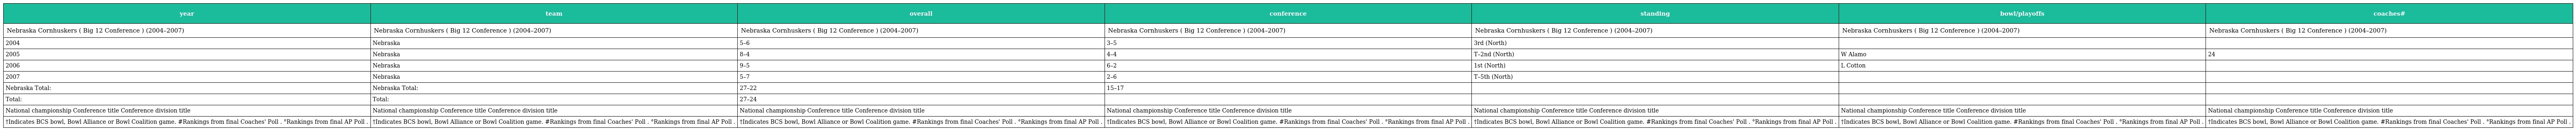
| year | team | overall | conference | standing | bowl/playoffs | coaches# |
 | --- | --- | --- | --- | --- | --- | --- |
 | Nebraska Cornhuskers ( Big 12 Conference ) (2004–2007) | Nebraska Cornhuskers ( Big 12 Conference ) (2004–2007) | Nebraska Cornhuskers ( Big 12 Conference ) (2004–2007) | Nebraska Cornhuskers ( Big 12 Conference ) (2004–2007) | Nebraska Cornhuskers ( Big 12 Conference ) (2004–2007) | Nebraska Cornhuskers ( Big 12 Conference ) (2004–2007) | Nebraska Cornhuskers ( Big 12 Conference ) (2004–2007) |
 | 2004 | Nebraska | 5–6 | 3–5 | 3rd (North) |  |  |
 | 2005 | Nebraska | 8–4 | 4–4 | T–2nd (North) | W Alamo | 24 |
 | 2006 | Nebraska | 9–5 | 6–2 | 1st (North) | L Cotton |  |
 | 2007 | Nebraska | 5–7 | 2–6 | T–5th (North) |  |  |
 | Nebraska Total: | Nebraska Total: | 27–22 | 15–17 |  |  |  |
 | Total: | Total: | 27–24 |  |  |  |  |
 | National championship Conference title Conference division title | National championship Conference title Conference division title | National championship Conference title Conference division title | National championship Conference title Conference division title | National championship Conference title Conference division title | National championship Conference title Conference division title | National championship Conference title Conference division title |
 | †Indicates BCS bowl, Bowl Alliance or Bowl Coalition game. #Rankings from final Coaches' Poll . °Rankings from final AP Poll . | †Indicates BCS bowl, Bowl Alliance or Bowl Coalition game. #Rankings from final Coaches' Poll . °Rankings from final AP Poll . | †Indicates BCS bowl, Bowl Alliance or Bowl Coalition game. #Rankings from final Coaches' Poll . °Rankings from final AP Poll . | †Indicates BCS bowl, Bowl Alliance or Bowl Coalition game. #Rankings from final Coaches' Poll . °Rankings from final AP Poll . | †Indicates BCS bowl, Bowl Alliance or Bowl Coalition game. #Rankings from final Coaches' Poll . °Rankings from final AP Poll . | †Indicates BCS bowl, Bowl Alliance or Bowl Coalition game. #Rankings from final Coaches' Poll . °Rankings from final AP Poll . | †Indicates BCS bowl, Bowl Alliance or Bowl Coalition game. #Rankings from final Coaches' Poll . °Rankings from final AP Poll . |